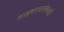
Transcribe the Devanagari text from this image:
साइबरआतंकवादी